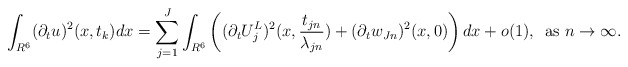
\begin{align*}\int_{R^6}(\partial_tu)^2(x,t_k)dx=\sum_{j=1}^J\int_{R^6}\left((\partial_tU_j^L)^2(x,\frac{t_{jn}}{\lambda_{jn}})+(\partial_tw_{Jn})^2(x,0)\right)dx+o(1), \,\,\,{\rm as}\,\,n\to\infty.\end{align*}